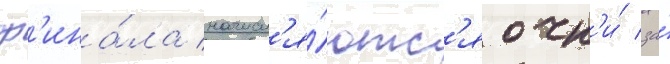
ф'ина́ла начисл'я́ютс'я очк'и́ за́